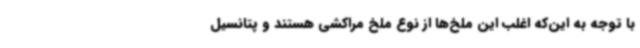
با توجه به این‌که اغلب این ملخ‌ها از نوع ملخ مراکشی هستند و پتانسیل